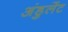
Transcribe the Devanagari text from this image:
अंडुलेंट